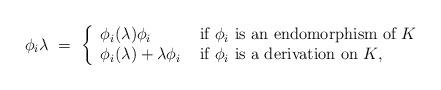
LaTeX: \begin{align*}\phi_i\lambda\ =\ \left\{\begin{array}{ll}\phi_i(\lambda)\phi_i & \mbox{ if $\phi_i$ is an endomorphism of $K$}\\\phi_i(\lambda)+ \lambda\phi_i & \mbox{ if $\phi_i$ is a derivation on $K$},\end{array}\right.\end{align*}